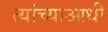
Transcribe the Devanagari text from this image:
त्यांच्याआधी